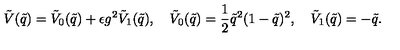
\tilde { V } ( \tilde { q } ) = \tilde { V } _ { 0 } ( \tilde { q } ) + \epsilon g ^ { 2 } \tilde { V } _ { 1 } ( \tilde { q } ) , \quad \tilde { V } _ { 0 } ( \tilde { q } ) = \frac { 1 } { 2 } \tilde { q } ^ { 2 } ( 1 - \tilde { q } ) ^ { 2 } , \quad \tilde { V } _ { 1 } ( \tilde { q } ) = - \tilde { q } .